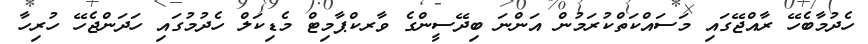
ހެދުމާބެހޭ ރާއްޖޭގައި މަސައްކަތްކުރަމުން އަންނަ ބިދޭސީންގެ ވާރކްޕާމިޓް މެޑިކަލް ހެދުމުގައި ހަދަންޖެހޭ ހުރިހާ